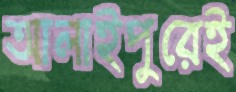
আলাইপুরেই